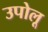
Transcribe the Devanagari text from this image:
उपोलू